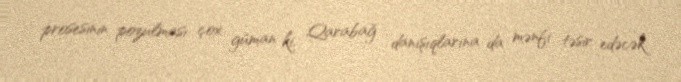
prosesinin pozulması çox güman ki, Qarabağ danışıqlarına da mənfi təsir edəcək.